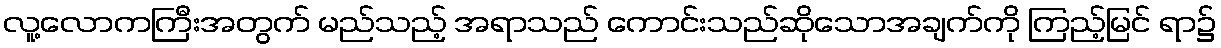
လူ့လောကကြီးအတွက် မည်သည့် အရာသည် ကောင်းသည်ဆိုသောအချက်ကို ကြည့်မြင် ရာ၌